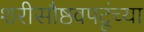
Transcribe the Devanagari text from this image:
शरीसौष्ठवपटूंच्या